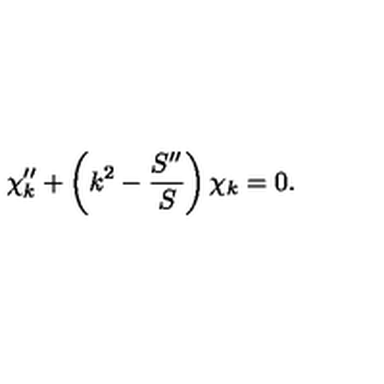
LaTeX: \chi _ { k } ^ { \prime \prime } + \left( k ^ { 2 } - \frac { S ^ { \prime \prime } } S \right) \chi _ { k } = 0 .